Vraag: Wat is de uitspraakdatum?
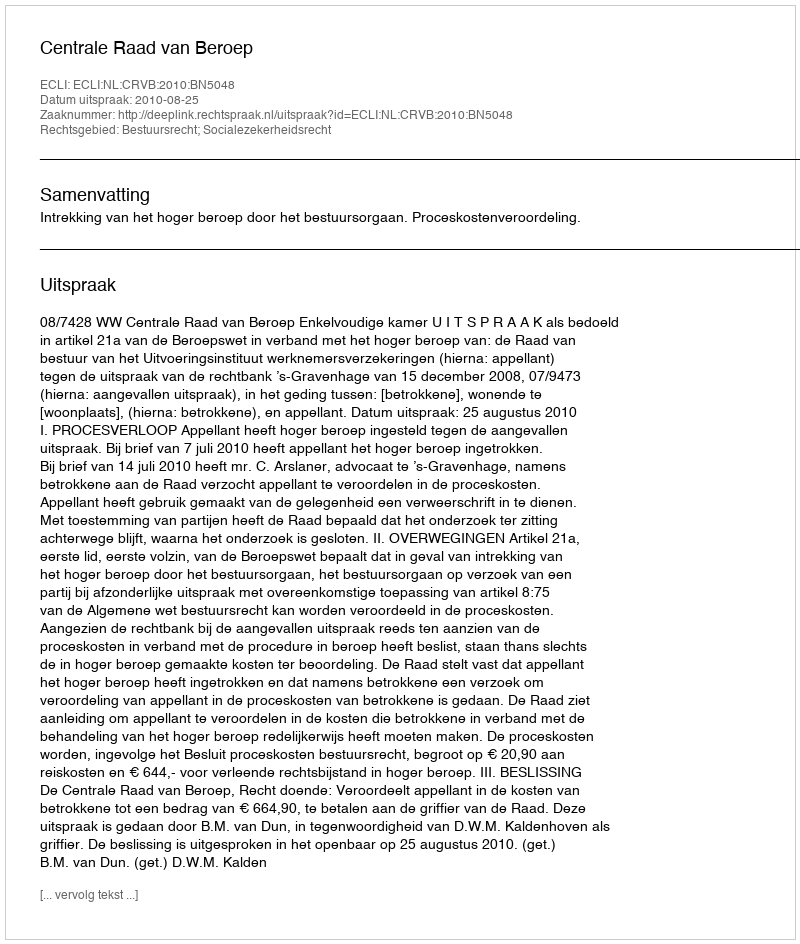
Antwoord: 2010-08-25